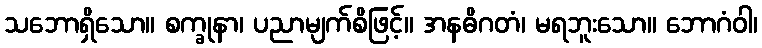
သဘောရှိသော။ စက္ခုနာ၊ ပညာမျက်စိဖြင့်။ အနဓိဂတံ၊ မရဘူးသော။ ဘောဂံဝါ၊